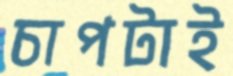
চাপটাই